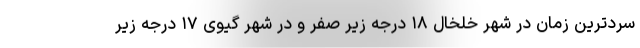
سردترین زمان در شهر خلخال ۱۸ درجه زیر صفر و در شهر گیوی ۱۷ درجه زیر